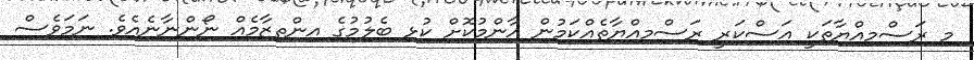
މި ރަސްމިއްޔާތަކީ އަސްކަރީ ރަސްމިއްޔާތެއްކަމުން އާންމުކޮށް ކުޅި ބެލުމުގެ އިންތިޒާމެއް ނޯންނާނެއެވެ. ނަމަވެސް